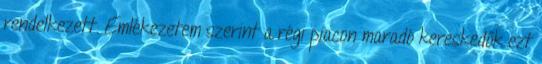
rendelkezett. Emlékezetem szerint a régi piacon maradó kereskedők ezt